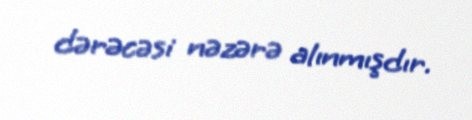
dərəcəsi nəzərə alınmışdır.